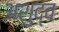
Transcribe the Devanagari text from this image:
अशुद्व